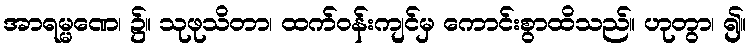
အာရမ္မဏေ၊ ၌။ သုဖုသိတာ၊ ထက်ဝန်းကျင်မှ ကောင်းစွာထိသည်။ ဟုတွာ၊ ၍။